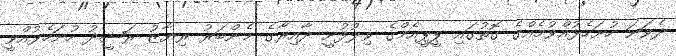
ދެވަނަ ހުށަހެޅުއްވުމެއްގެ ގޮތުގައި ޕީޕީއެމްގެ ވިލުފުށީ ދާއިރާގެ މެންބަރު ރިޔާޒު ރަޝީދު ހުށަހެޅުއްވީ